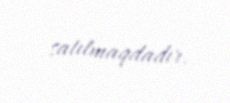
satılmaqdadır.